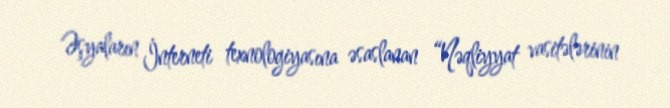
Əşyaların İnterneti texnologiyasına əsaslanan “Nəqliyyat vasitələrinin